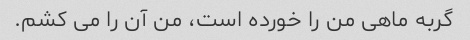
گربه ماهی من را خورده است، من آن را می کشم.